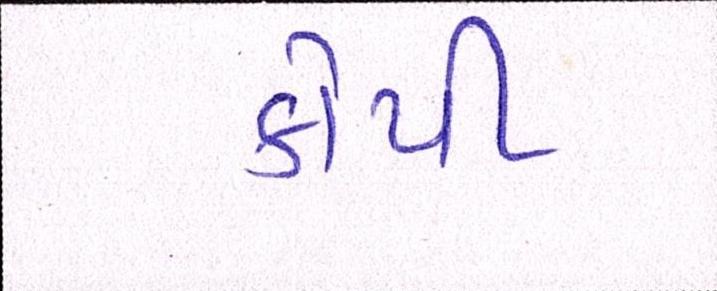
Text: કોપી